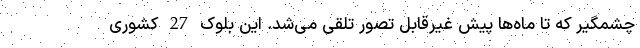
چشمگیر که تا ماه‌ها پیش غیرقابل تصور تلقی می‌شد. این بلوک 27 کشوری